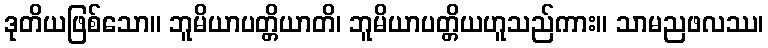
ဒုတိယဖြစ်သော။ ဘူမိယာပတ္တိယာတိ၊ ဘူမိယာပတ္တိယဟူသည်ကား။ သာမညဖလဿ၊